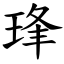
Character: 琒